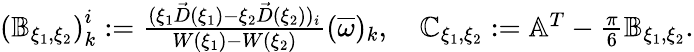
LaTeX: \begin{array}{r}{\left(\mathbb{B}_{\xi_{1},\xi_{2}}\right)_{k}^{i}:=\frac{(\xi_{1}\vec{D}(\xi_{1})-\xi_{2}\vec{D}(\xi_{2}))_{i}}{W(\xi_{1})-W(\xi_{2})}(\overline{{\omega}})_{k},\quad\mathbb{C}_{\xi_{1},\xi_{2}}:=\mathbb{A}^{T}-\frac{\pi}6\mathbb{B}_{\xi_{1},\xi_{2}}.}\end{array}